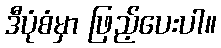
ဒီပုံစံမှာ ဖြည့်ပေးပါ။